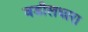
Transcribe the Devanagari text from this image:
वडीलधारा